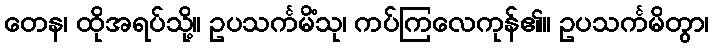
တေန၊ ထိုအရပ်သို့။ ဥပသင်္ကမိံသု၊ ကပ်ကြလေကုန်၏။ ဥပသင်္ကမိတွာ၊